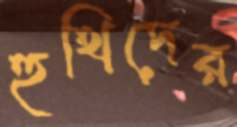
হুথিদের